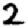
Digit: 2